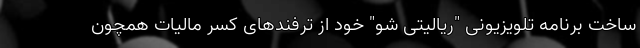
ساخت برنامه تلویزیونی "ریالیتی شو" خود از ترفندهای کسر مالیات همچون